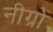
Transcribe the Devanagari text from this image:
नीग्रों